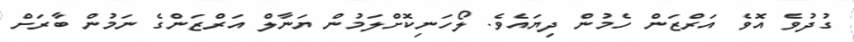
ގުދުވެ އޮވެ އަރްޒަން ހެމުން ދިޔައެވެ. ލޯހަނިކޮށްލަމުން ޔަނާލް އަރްޒަންގެ ނަމުން ބާރަށް